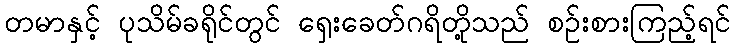
တမာနှင့် ပုသိမ်ခရိုင်တွင် ရှေးခေတ်ဂရိတို့သည် စဉ်းစားကြည့်ရင်